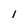
Character: i